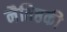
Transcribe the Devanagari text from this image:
नैतिष्ठकी